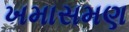
ખમાસમણ